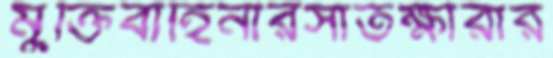
মুক্তিবাহিনীরসাতক্ষীরার